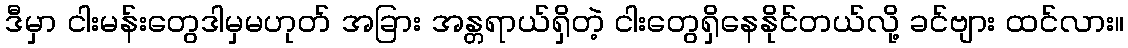
ဒီမှာ ငါးမန်းတွေဒါမှမဟုတ် အခြား အန္တရာယ်ရှိတဲ့ ငါးတွေရှိနေနိုင်တယ်လို့ ခင်ဗျား ထင်လား။